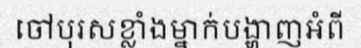
ចៅបុរសខ្លាំងម្នាក់បង្ហាញអំពី